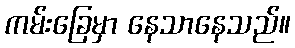
ကမ်းခြေမှာ နေသာနေသည်။